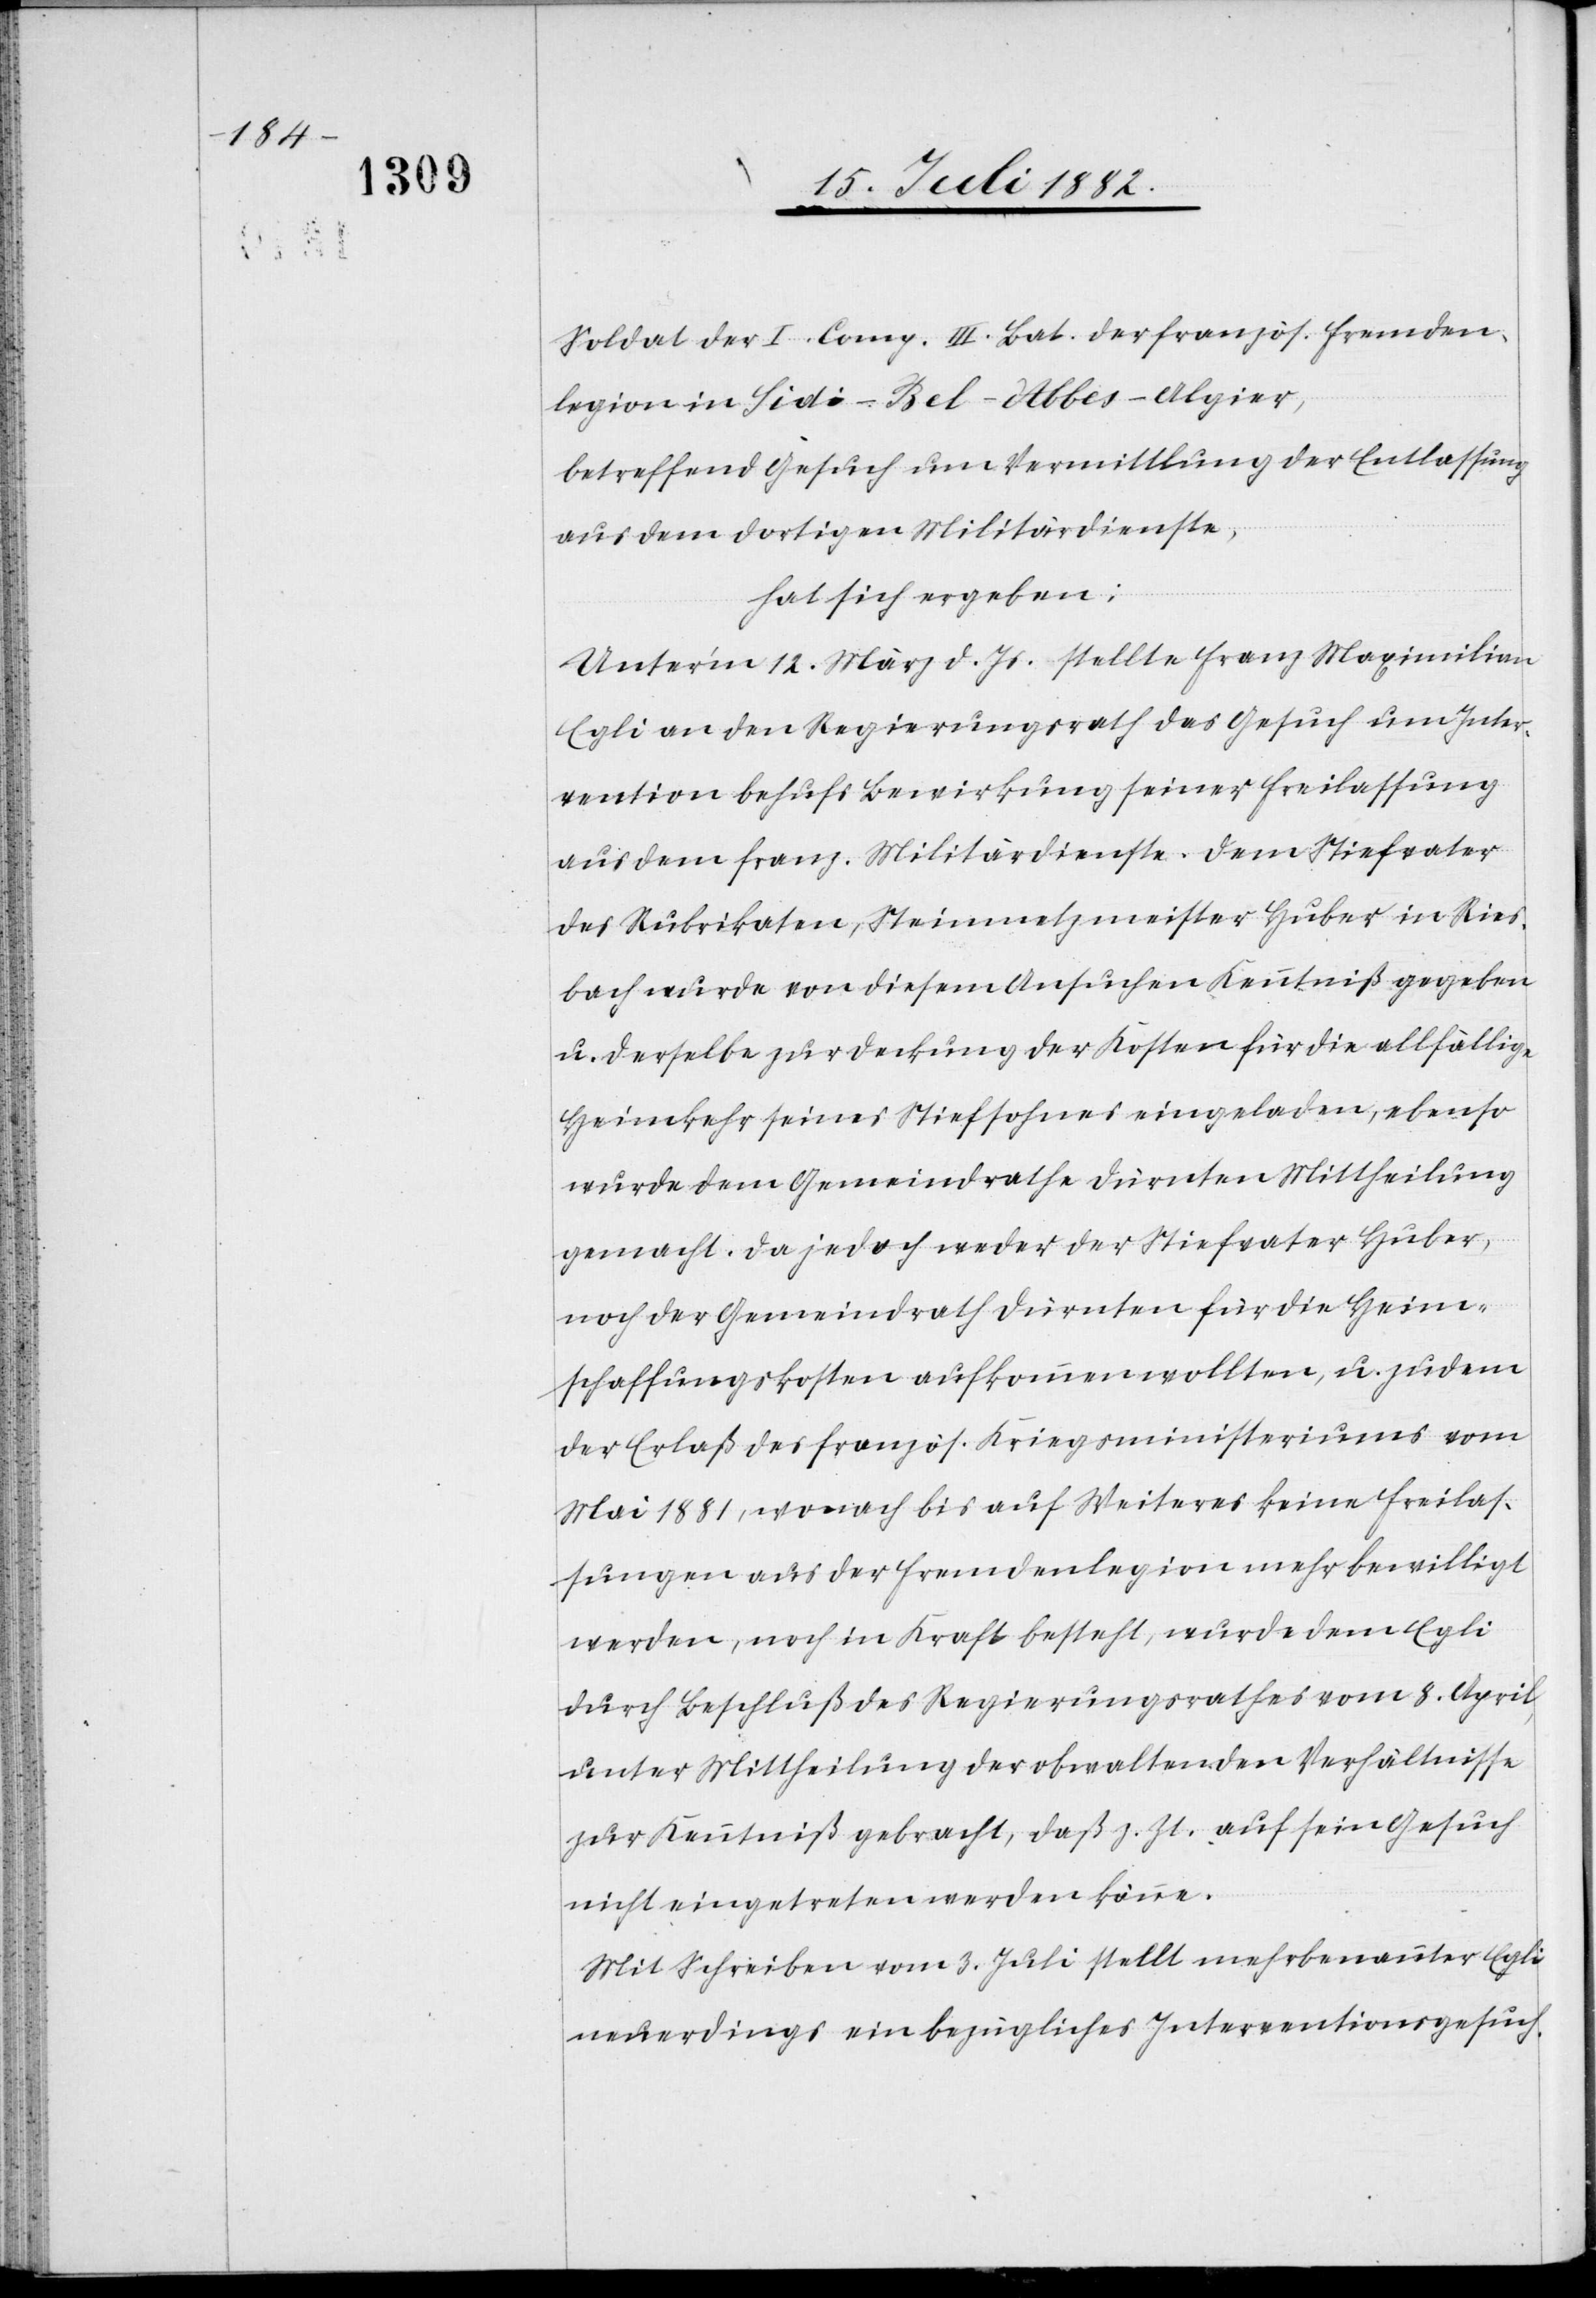
Soldat der I. Comp. III. Bat. der französ. Fremden¬
legion in Sidi-Bel-Abbes - Algier,
betreffend Gesuch um Vermittlung der Entlassung
aus dem dortigen Militärdienste,
hat sich ergeben:
Unter’m 12. März d. Js. stellte Franz Maximilian
Egli an den Regierungsrath das Gesuch um Inter¬
vention behufs Bewirkung seiner Freilassung
aus dem franz. Militärdienste. Dem Stiefvater
des Rubrikaten, Steinmetzmeister Huber in Ries¬
bach wurde von diesem Ansuchen Kenntniß gegeben
u. derselbe zur Deckung der Kosten für die allfällige
Heimkehr seines Stiefsohnes eingeladen, ebenso
wurde dem Gemeindrathe Dürnten Mittheilung
gemacht. Da jedoch weder der Stiefvater Huber,
noch der Gemeindrath Dürnten für die Heim¬
schaffungskosten aufkommen wollten, u. zudem
der Erlaß des französ. Kriegsministeriums vom
Mai 1881, wonach bis auf Weiteres keine Freilas¬
sungen aus der Fremdenlegion mehr bewilligt
werden, noch in Kraft besteht, wurde dem Egli
durch Beschluß des Regierungsrathes vom 8. April
unter Mittheilung der obwaltenden Verhältnisse
zur Kenntniß gebracht, daß z. Zt. auf sein Gesuch
nicht eingetreten werden könne.
Mit Schreiben vom 3. Juli stellt mehrbenannter Egli
neuerdings ein bezügliches Interventionsgesuch.